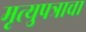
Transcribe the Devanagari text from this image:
मृत्युपत्राचा